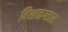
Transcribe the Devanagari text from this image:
विशाळगडास